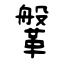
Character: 鞶